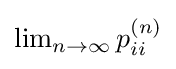
\lim \nolimits _{n\rightarrow \infty }p_{ii}^{(n)}